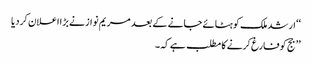
‘‘ ارشد ملک کو ہٹائے جانے کے بعد مریم نواز نے بڑا اعلان کردیا
’’ جج کو فارغ کرنے کا مطلب ہے کہ ۔